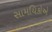
સામયિકોએ